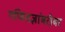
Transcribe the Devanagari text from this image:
गणितज्ञांबरोबर